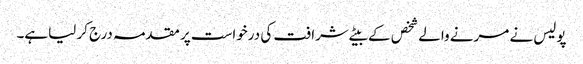
پولیس نے مرنے والے شخص کے بیٹے شرافت کی درخواست پر مقدمہ درج کر لیاہے۔